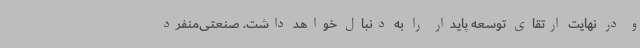
و در نهایت ارتقای توسعه پایدار را به دنبال خواهد داشت. صنعتی‌منفرد